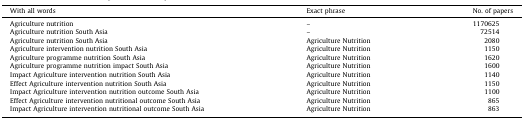
<table><thead><tr><td><b>With all words</b></td><td><b>Exact phrase</b></td><td><b>No. of papers</b></td></tr></thead><tbody><tr><td>Agriculture nutrition</td><td>–</td><td>1170625</td></tr><tr><td>Agriculture nutrition South Asia</td><td>–</td><td>72514</td></tr><tr><td>Agriculture nutrition South Asia</td><td>Agriculture Nutrition</td><td>2080</td></tr><tr><td>Agriculture intervention nutrition South Asia</td><td>Agriculture Nutrition</td><td>1150</td></tr><tr><td>Agriculture programme nutrition South Asia</td><td>Agriculture Nutrition</td><td>1620</td></tr><tr><td>Agriculture programme nutrition impact South Asia</td><td>Agriculture Nutrition</td><td>1600</td></tr><tr><td>Impact Agriculture intervention nutrition South Asia</td><td>Agriculture Nutrition</td><td>1140</td></tr><tr><td>Effect Agriculture intervention nutrition South Asia</td><td>Agriculture Nutrition</td><td>1150</td></tr><tr><td>Impact Agriculture intervention nutrition outcome South Asia</td><td>Agriculture Nutrition</td><td>1100</td></tr><tr><td>Effect Agriculture intervention nutritional outcome South Asia</td><td>Agriculture Nutrition</td><td>865</td></tr><tr><td>Impact Agriculture intervention nutritional outcome South Asia</td><td>Agriculture Nutrition</td><td>863</td></tr></tbody></table>